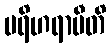
ပရိဟရာမီတိ